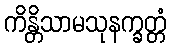
ကိန္တိသာမသုနက္ခတ္တံ